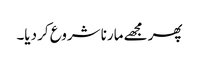
پھر مجھے مارنا شروع کر دیا۔